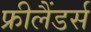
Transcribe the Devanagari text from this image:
फ्रीलैंडर्स